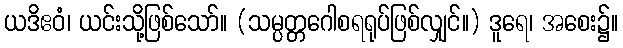
ယဒိဧဝံ၊ ယင်းသို့ဖြစ်သော်။ (သမ္ပတ္တဂေါစရရုပ်ဖြစ်လျှင်။) ဒူရေ၊ အစေး၌။